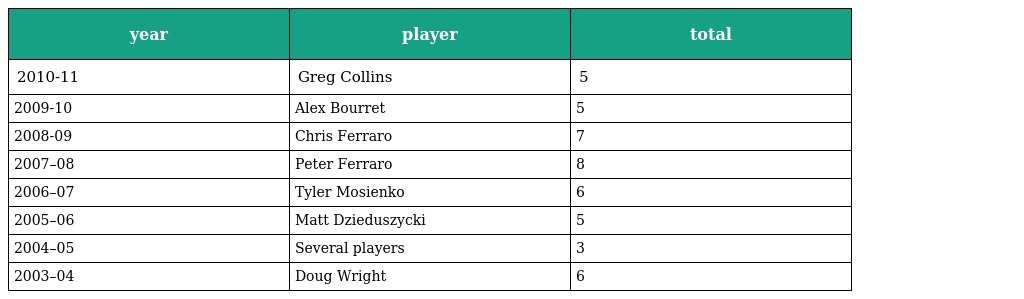
| year | player | total |
 | --- | --- | --- |
 | 2010-11 | Greg Collins | 5 |
 | 2009-10 | Alex Bourret | 5 |
 | 2008-09 | Chris Ferraro | 7 |
 | 2007–08 | Peter Ferraro | 8 |
 | 2006–07 | Tyler Mosienko | 6 |
 | 2005–06 | Matt Dzieduszycki | 5 |
 | 2004–05 | Several players | 3 |
 | 2003–04 | Doug Wright | 6 |